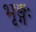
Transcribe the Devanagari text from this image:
भृङ्गः